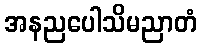
အနညပေါသိမညာတံ